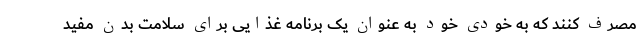
مصرف کنند که به خودی خود به عنوان یک برنامه غذایی برای سلامت بدن مفید